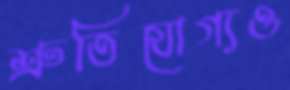
শ্রুতিযোগ্যও